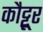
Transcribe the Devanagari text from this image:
कौट्टूर